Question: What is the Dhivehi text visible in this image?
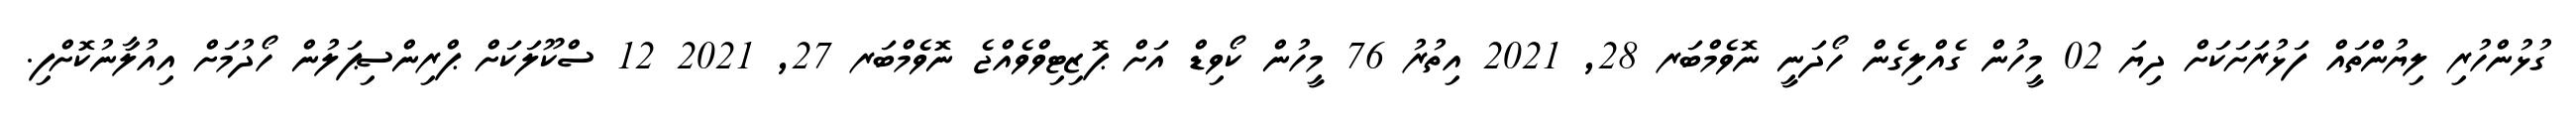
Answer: ގުޅުންހުރި ލިޔުންތައް ފަޅުރަށަކަށް ދިޔަ 02 މީހުން ގެއްލިގެން ހޯދަނީ ނޮވެމްބަރ 28, 2021 އިތުރު 76 މީހުން ކޯވިޑް އަށް ޕޮޒިޓިވްވެއްޖެ ނޮވެމްބަރ 27, 2021 12 ސްކޫލަކަށް ޕްރިންސިޕަލުން ހޯދުމަށް އިއުލާނުކޮށްފި.